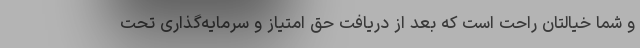
و شما خیالتان راحت است که بعد از دریافت حق امتیاز و سرمایه‌گذاری تحت